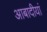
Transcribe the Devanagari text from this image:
आबादीयां